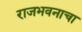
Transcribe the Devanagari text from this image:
राजभवनाचा